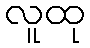
လူထု